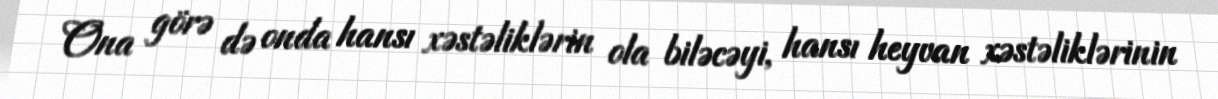
Ona görə də onda hansı xəstəliklərin ola biləcəyi, hansı heyvan xəstəliklərinin